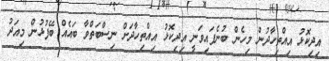
އިދިކޮޅު އިއްތިހާދުން މިހެން ބުނެފައިވަނީ އިދިކޮޅު އިއްތިހާދަށް ނިސްބަތްވާ ބައެއް ބޭފުޅުން މިއަދު